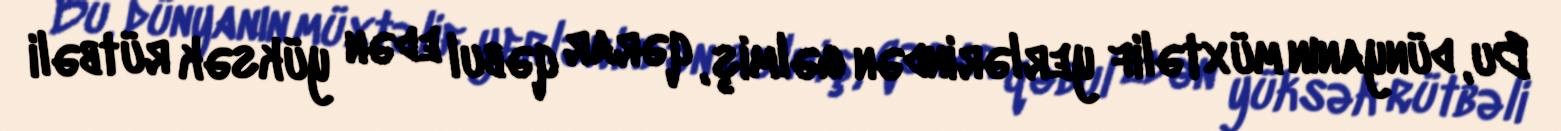
Bu, dünyanın müxtəlif yerlərindən gəlmiş, qərar qəbul edən yüksək rütbəli